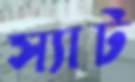
স্যাট